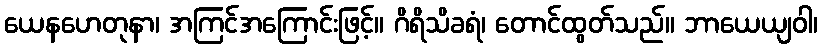
ယေနဟေတုနာ၊ အကြင်အကြောင်းဖြင့်။ ဂိရိသိခရံ၊ တောင်ထွတ်သည်။ ဘာယေယျဝါ၊